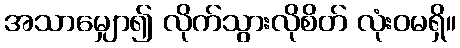
အသာမျှော၍ လိုက်သွားလိုစိတ် လုံးဝမရှိ။